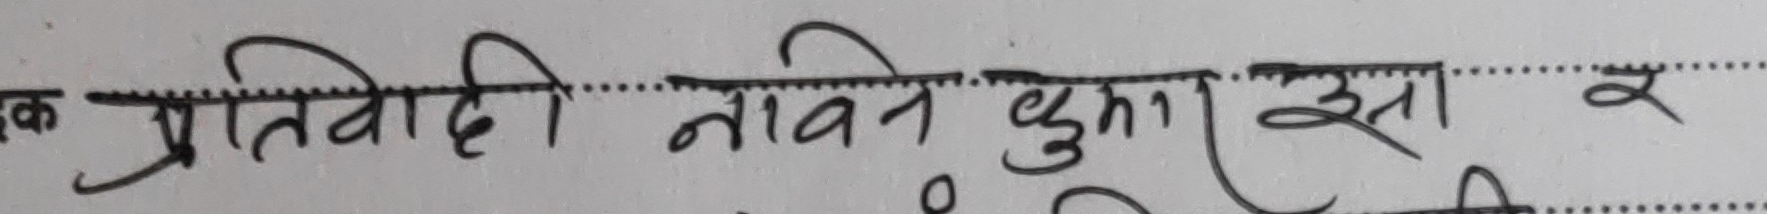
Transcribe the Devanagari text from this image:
क प्रतिवादी नविन खुना एउटा र